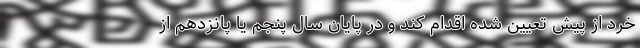
خرد از پیش تعیین شده اقدام کند و در پایان سال پنجم یا پانزدهم از